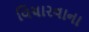
વિચારવાના